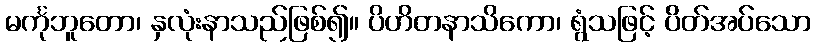
မင်္ကုဘူတော၊ နှလုံးနာသည်ဖြစ်၍။ ပိဟိတနာသိကော၊ ရွံသဖြင့် ပိတ်အပ်သော